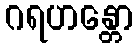
ဂရဟန္တော